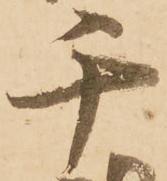
千